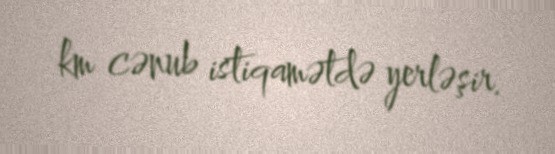
km cənub istiqamətdə yerləşir.